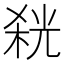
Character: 𭪬